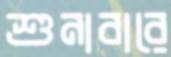
শুনাবারে